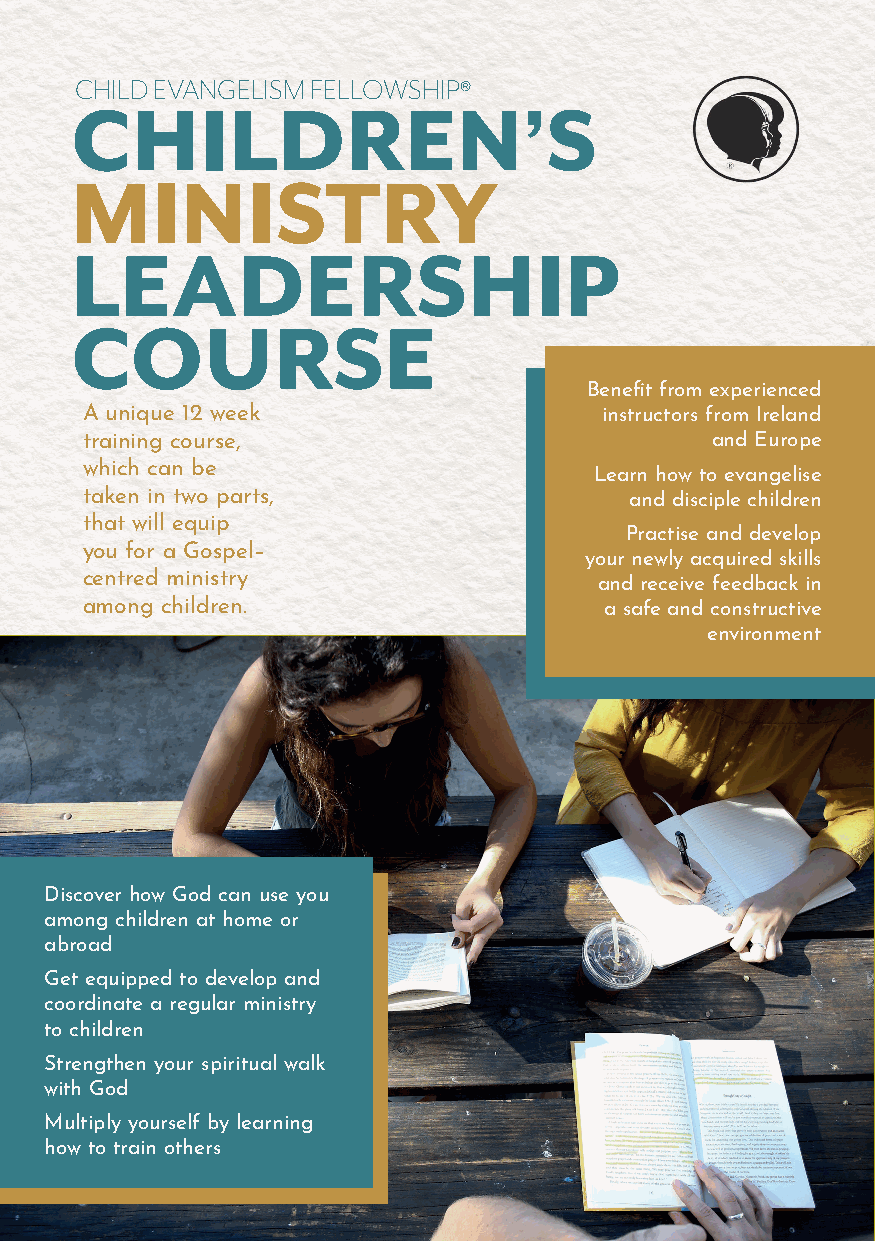
CHILD EVANGELISM FELLOWSHIP®
 CHILDREN’S
 MINISTRY
 LEADERSHIP
 COURSE
 Benefi t from experienced
 A unique 12 week                   instructors from Ireland
 training course,                          and Europe
 which can be
 Learn how to evangelise
 taken in two parts,                  and disciple children
 that will equip
 Practise and develop
 you for a Gospel–
 your newly acquired skills
 centred ministry                   and receive feedback in
 among children.                    a safe and constructive
 environment
 Discover how God can use you
 among children at home or
 abroad
 Get equipped to develop and
 coordinate a regular ministry
 to children
 Strengthen your spiritual walk
 with God
 Multiply yourself by learning
 how to train others